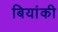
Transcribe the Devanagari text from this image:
बियांकी